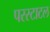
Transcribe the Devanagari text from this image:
परस्टाटल